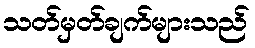
သတ်မှတ်ချက်များသည်